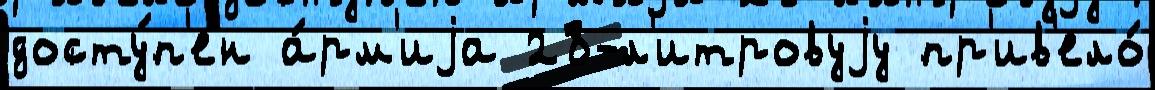
досту́п'ен а́рм'иjа 28-л'итровуjу пр'ив'ело́